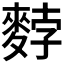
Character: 𪌰